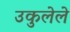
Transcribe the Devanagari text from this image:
उकुलेले